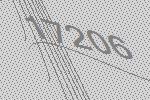
17206